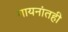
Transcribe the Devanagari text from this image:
गायनांतही